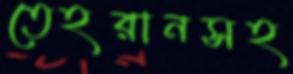
তেহরানসহ